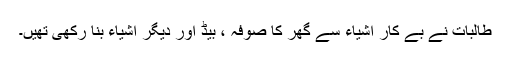
طالبات نے بے کار اشیاء سے گھر کا صوفہ ، بیڈ اور دیگر اشیاء بنا رکھی تھیں۔